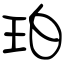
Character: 珀